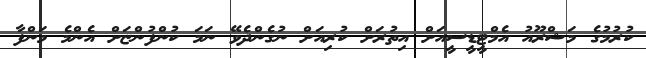
ކުރުމުގެ މަޝްރޫއު އެމްޓީޑީސީއަށް އިތުރަށް ކުރިއަށް ނުގެންދެވޭ ނަމަ ކުންފުންޏަށް އެންމެ މަންފާ